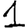
Digit: 1